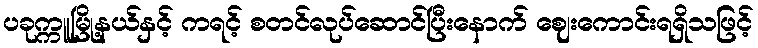
ပခုက္ကူမြို့နယ်နှင့် ကရင့် စတင်လုပ်ဆောင်ပြီးနောက် ဈေးကောင်းရရှိသဖြင့်